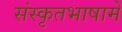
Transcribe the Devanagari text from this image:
संस्कृतभाषामें